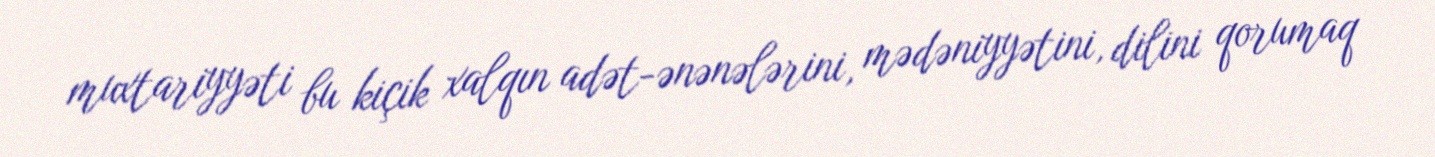
muxtariyyəti bu kiçik xalqın adət-ənənələrini, mədəniyyətini, dilini qorumaq